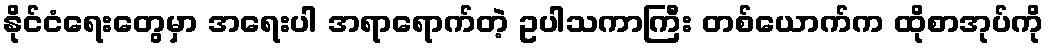
နိုင်ငံရေးတွေမှာ အရေးပါ အရာရောက်တဲ့ ဥပါသကာကြီး တစ်ယောက်က ထိုစာအုပ်ကို